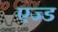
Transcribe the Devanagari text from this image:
एज्ड